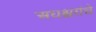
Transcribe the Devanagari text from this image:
अधश्चरांचे